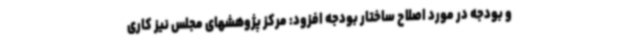
و بودجه در مورد اصلاح ساختار بودجه افزود: مرکز پژوهشهای مجلس نیز کاری